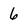
Character: 6